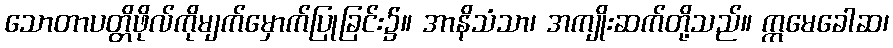
သောတာပတ္တိဖိုလ်ကိုမျက်မှောက်ပြုခြင်း၌။ အာနိသံသာ၊ အကျိုးဆက်တို့သည်။ ဣမေခေါဆ၊